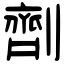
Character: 劑